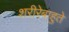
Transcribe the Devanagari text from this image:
शरीरेबाहुते